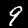
Label: 9